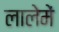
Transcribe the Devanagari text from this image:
लालेमें